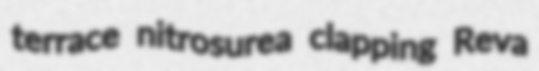
terrace nitrosurea clapping Reva